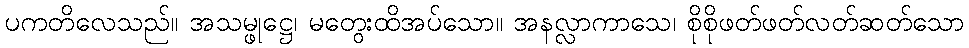
ပကတိလေသည်။ အသမ္ဖုဋ္ဌေ၊ မတွေးထိအပ်သော။ အနလ္လာကာသေ၊ စိုစိုဖတ်ဖတ်လတ်ဆတ်သော